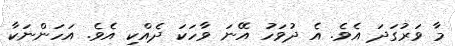
މާ ވަރުގަދަ އެވެ. އެ ދުވަހު އޭނަ ވާހަކަ ދެއްކި އެވެ. އަހަންނަކާ